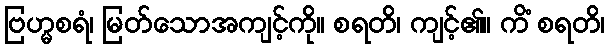
ဗြဟ္မစရံ၊ မြတ်သောအကျင့်ကို။ စရတိ၊ ကျင့်၏။ ကိံ စရတိ၊